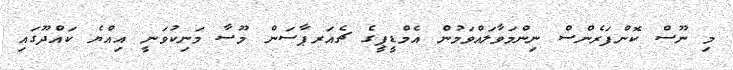
މި ނޫސް ކޮންފަރެންސް ނިންމަވާލައްވަމުން އެމްޑީޕީގެ ޗެއަރޕާސަން މޫސާ މަނިކުވަނީ އިއްޔެ ކައްދޫގައި